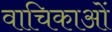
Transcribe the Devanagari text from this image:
वाचिकाओं